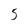
Character: 5